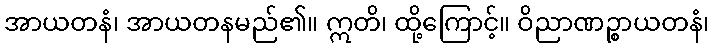
အာယတနံ၊ အာယတနမည်၏။ ဣတိ၊ ထို့ကြောင့်။ ဝိညာဏဉ္စာယတနံ၊